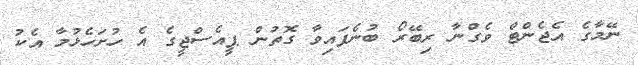
ނޭމާގެ އެޖެންޓް ވެގްނާ ރިބޭރޯ ބުނެފައިވާ ގޮތުން ޕީއެސްޖީގެ އެ ހުށަހެޅުމާ އެކު